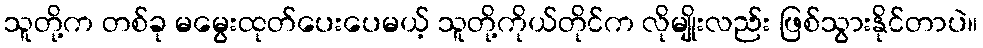
သူတို့က တစ်ခု မမွေးထုတ်ပေးပေမယ့် သူတို့ကိုယ်တိုင်က လိုမျိုးလည်း ဖြစ်သွားနိုင်တာပဲ။